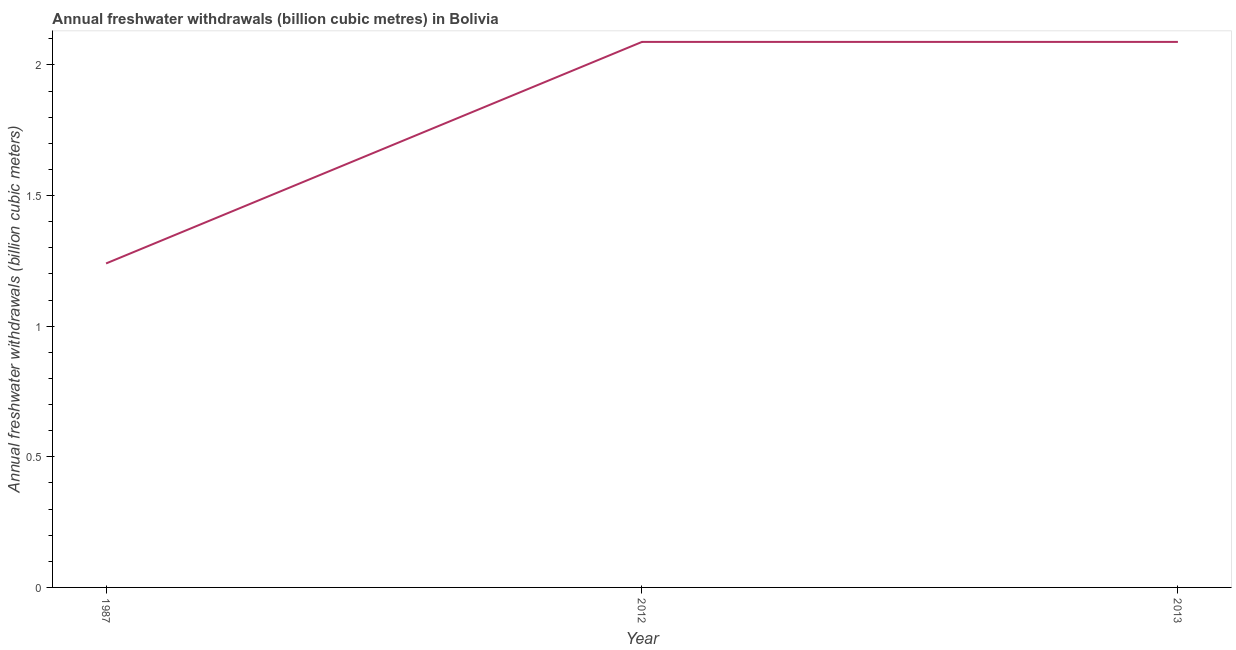
| Year | Annual freshwater withdrawals |
 | --- | --- |
 | 1987 | 1.24 |
 | 2012 | 2.09 |
 | 2013 | 2.09 |